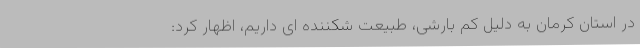
در استان کرمان به دلیل کم بارشی، طبیعت شکننده ای داریم، اظهار کرد: